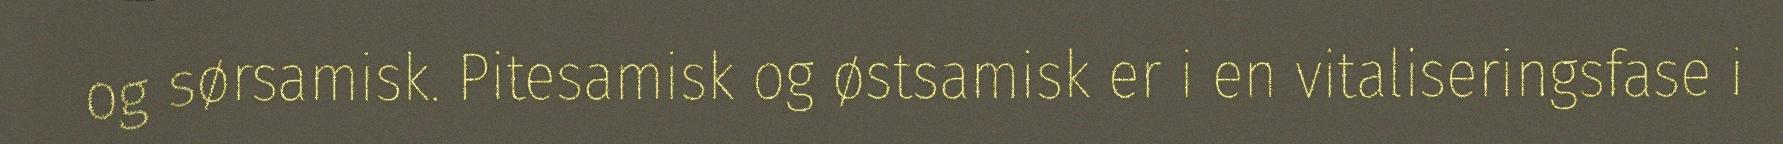
og sørsamisk. Pitesamisk og østsamisk er i en vitaliseringsfase i